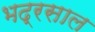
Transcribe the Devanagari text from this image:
भद्रसाल